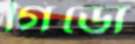
গিডো